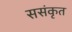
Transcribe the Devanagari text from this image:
ससंकृत